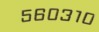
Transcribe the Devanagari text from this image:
५६०३१०